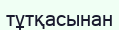
тұтқасынан